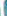
-